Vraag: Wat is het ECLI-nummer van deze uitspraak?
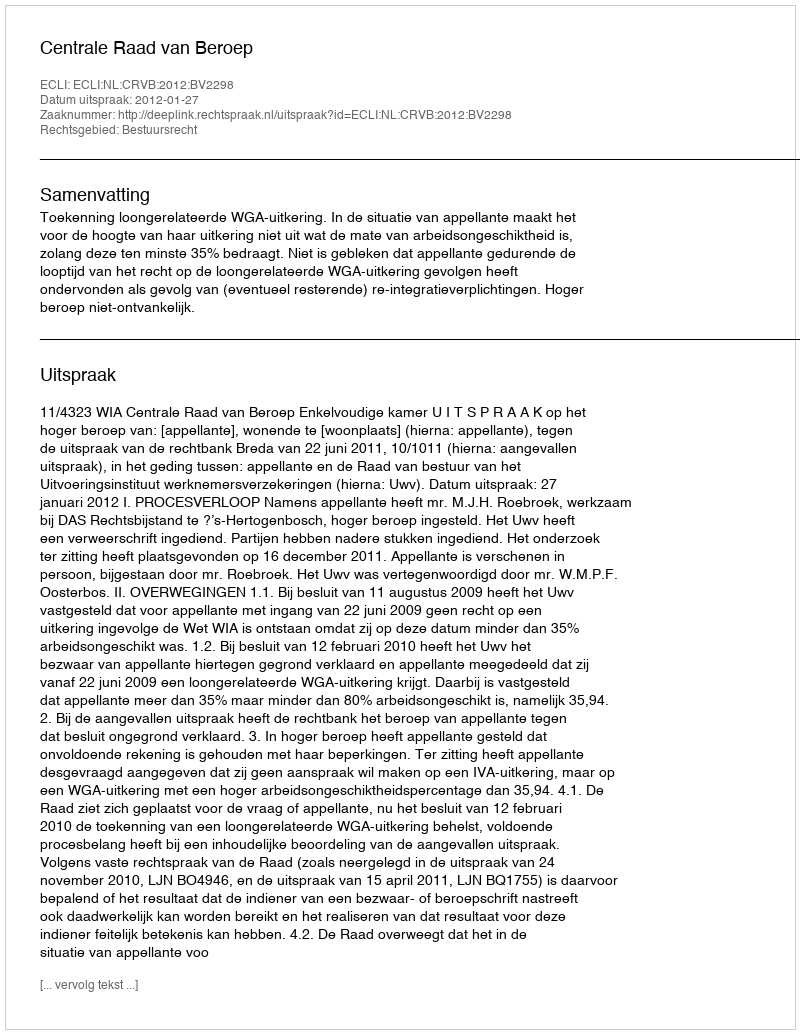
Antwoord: ECLI:NL:CRVB:2012:BV2298